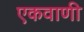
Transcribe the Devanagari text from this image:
एकवाणी